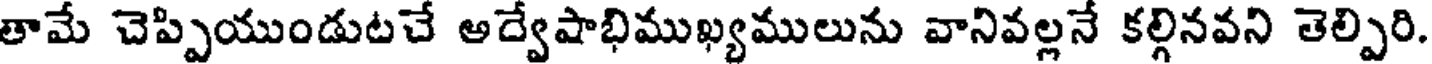
తామే చెప్పియుండుటచే అద్వేషాభిముఖ్యములును వానివల్లనే కల్గినవని తెల్పిరి.